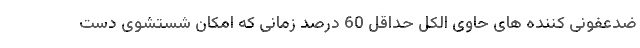
ضدعفونی کننده های حاوی الکل حداقل 60 درصد زمانی که امکان شستشوی دست